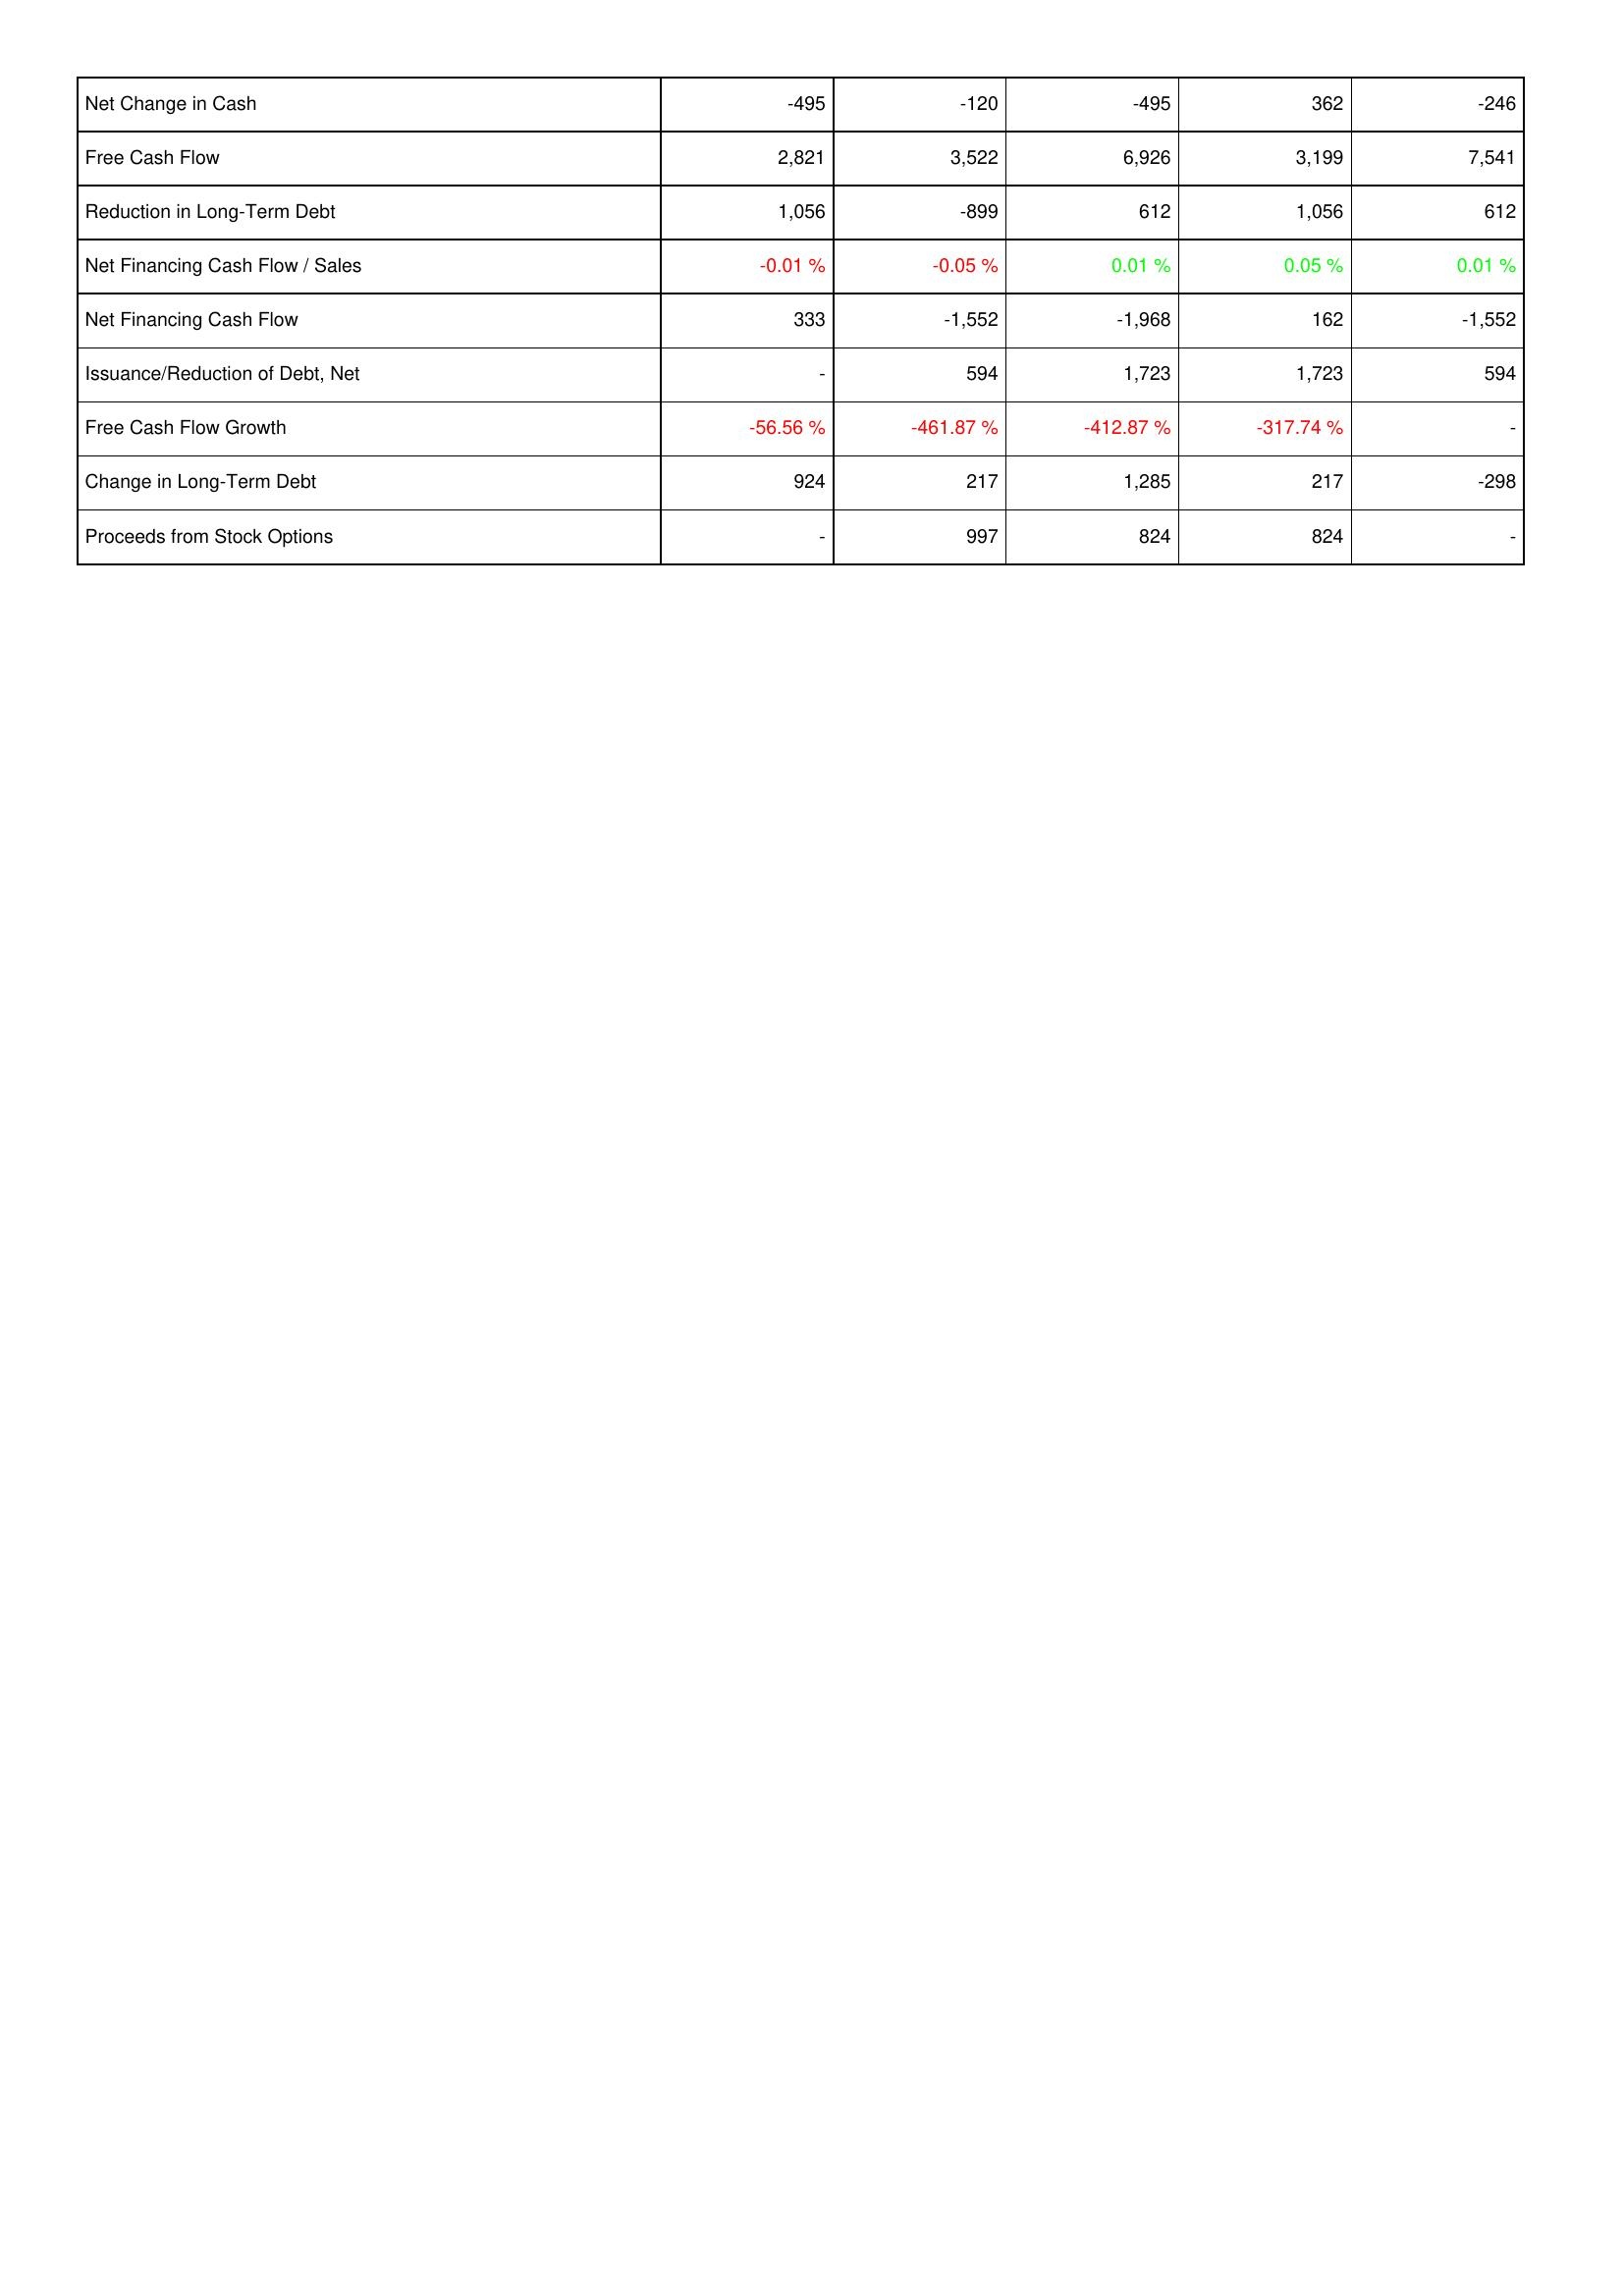
2019: Financing Activities: Net Change in Cash: -495
Free Cash Flow: 2,821
Reduction in Long-Term Debt: 1,056
Net Financing Cash Flow / Sales: -0.01 %
Net Financing Cash Flow: 333
Issuance/Reduction of Debt, Net: -
Free Cash Flow Growth: -56.56 %
Change in Long-Term Debt: 924
Proceeds from Stock Options: -
2020: Financing Activities: Net Change in Cash: -120
Free Cash Flow: 3,522
Reduction in Long-Term Debt: -899
Net Financing Cash Flow / Sales: -0.05 %
Net Financing Cash Flow: -1,552
Issuance/Reduction of Debt, Net: 594
Free Cash Flow Growth: -461.87 %
Change in Long-Term Debt: 217
Proceeds from Stock Options: 997
2021: Financing Activities: Net Change in Cash: -495
Free Cash Flow: 6,926
Reduction in Long-Term Debt: 612
Net Financing Cash Flow / Sales: 0.01 %
Net Financing Cash Flow: -1,968
Issuance/Reduction of Debt, Net: 1,723
Free Cash Flow Growth: -412.87 %
Change in Long-Term Debt: 1,285
Proceeds from Stock Options: 824
2022: Financing Activities: Net Change in Cash: 362
Free Cash Flow: 3,199
Reduction in Long-Term Debt: 1,056
Net Financing Cash Flow / Sales: 0.05 %
Net Financing Cash Flow: 162
Issuance/Reduction of Debt, Net: 1,723
Free Cash Flow Growth: -317.74 %
Change in Long-Term Debt: 217
Proceeds from Stock Options: 824
2023: Financing Activities: Net Change in Cash: -246
Free Cash Flow: 7,541
Reduction in Long-Term Debt: 612
Net Financing Cash Flow / Sales: 0.01 %
Net Financing Cash Flow: -1,552
Issuance/Reduction of Debt, Net: 594
Free Cash Flow Growth: -
Change in Long-Term Debt: -298
Proceeds from Stock Options: -